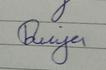
Signature authenticity: genuine